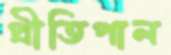
প্রীতিপাল